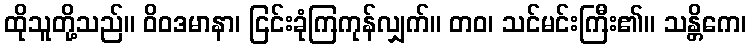
ထိုသူတို့သည်။ ဝိဝဒမာနာ၊ ငြင်းခုံကြကုန်လျှက်။ တဝ၊ သင်မင်းကြီး၏။ သန္တိကေ၊